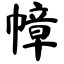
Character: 幛